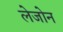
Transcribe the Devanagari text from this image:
लेजोन